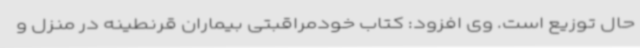
حال توزیع است. وی افزود: کتاب خودمراقبتی بیماران قرنطینه در منزل و